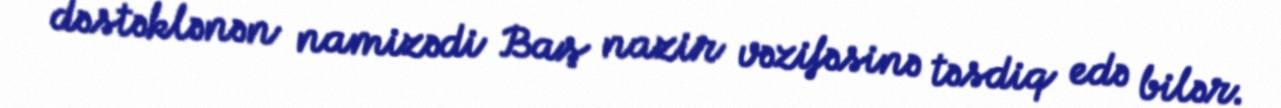
dəstəklənən namizədi Baş nazir vəzifəsinə təsdiq edə bilər.